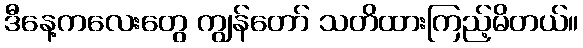
ဒီနေ့ကလေးတွေ ကျွန်တော် သတိထားကြည့်မိတယ်။